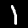
Label: 1